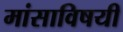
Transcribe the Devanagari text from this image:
मांसाविषयी